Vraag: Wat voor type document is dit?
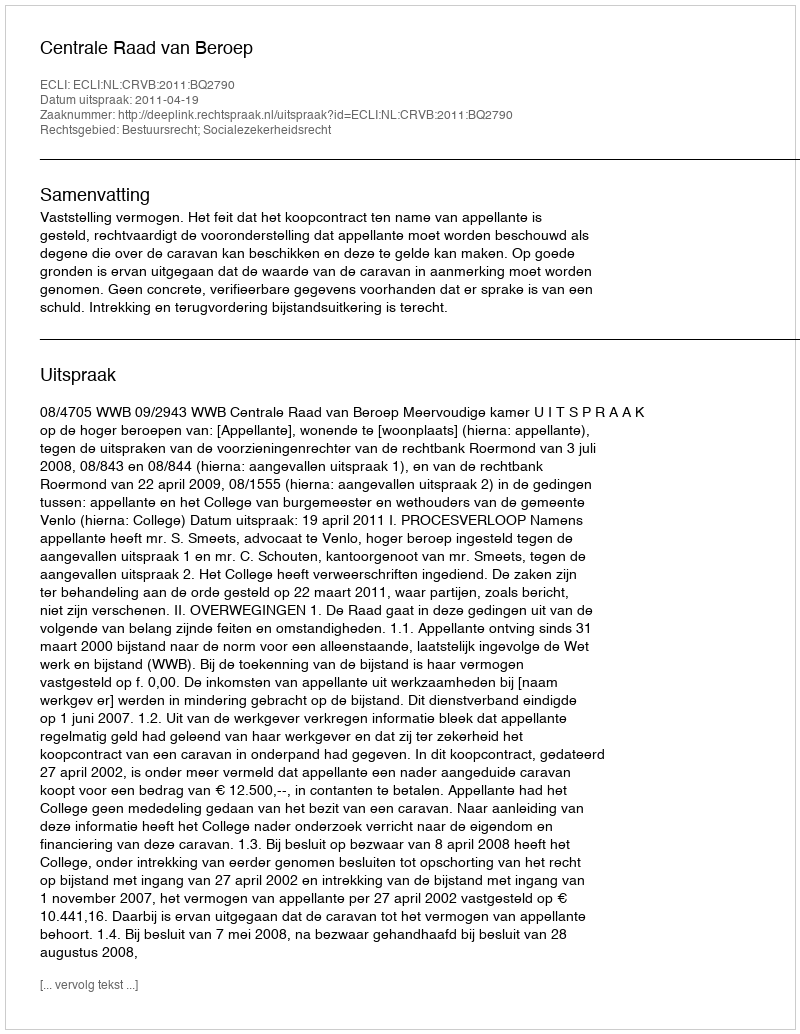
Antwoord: Uitspraak